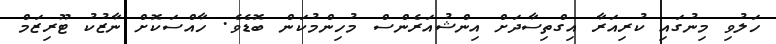
ހަލުވި މިނުގައި ކުރިއަރާ އިގްތިސާދަށް އިންޝުއަރެންސް މުހިންމުކަން ބޮޑެވެ. ހާއްސަކޮށް ނާޒުކު ޓޫރިޒަމް